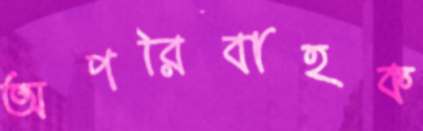
অপরিবাহক